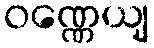
ဝဏ္ဏေယျ